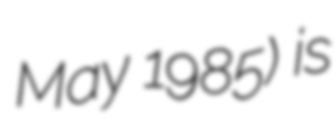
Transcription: May 1985) is